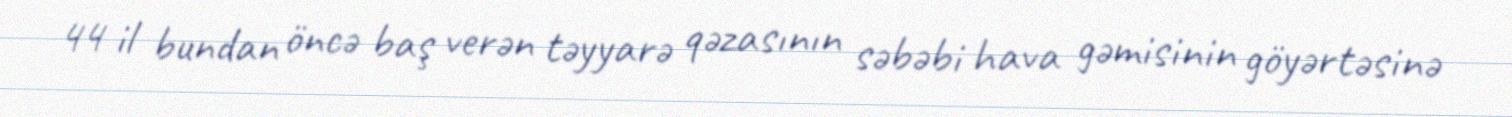
44 il bundan öncə baş verən təyyarə qəzasının səbəbi hava gəmisinin göyərtəsinə